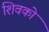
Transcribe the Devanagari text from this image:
शिवको